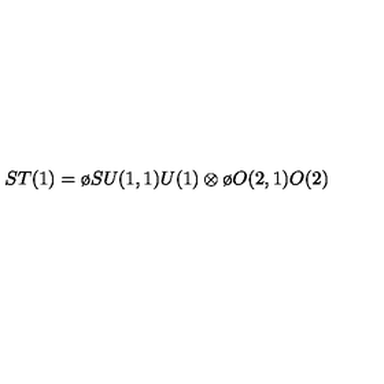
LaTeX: S T ( 1 ) = { \o { S U ( 1 , 1 ) } { U ( 1 ) } } \otimes { \o { O ( 2 , 1 ) } { O ( 2 ) } }